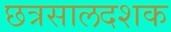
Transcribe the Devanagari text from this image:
छत्रसालदशक